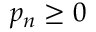
p _ { n } \geq 0